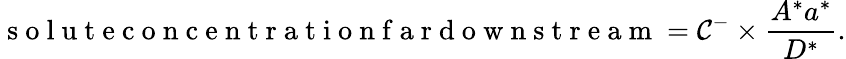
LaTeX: \mathrm{~s~o~l~u~t~e~c~o~n~c~e~n~t~r~a~t~i~o~n~f~a~r~d~o~w~n~s~t~r~e~a~m~}=\mathcal{C}^{-}\times\frac{A^{*}a^{*}}{D^{*}}.